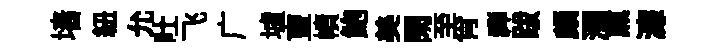
墙紐允吐飞广壚亶幘鮑美閑至肖禅跋頗瀰𤋱濓